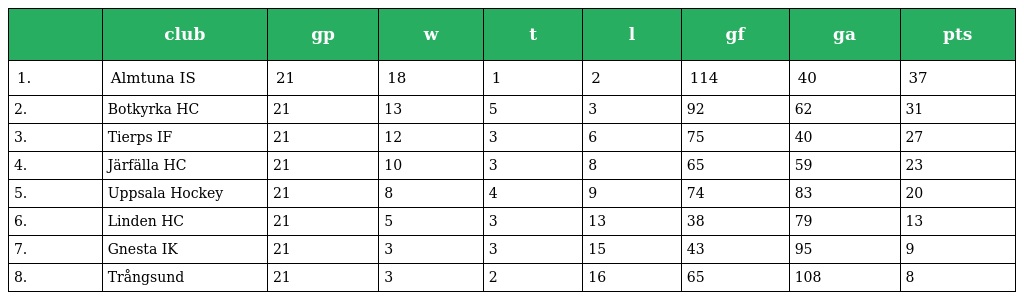
|  | club | gp | w | t | l | gf | ga | pts |
 | --- | --- | --- | --- | --- | --- | --- | --- | --- |
 | 1. | Almtuna IS | 21 | 18 | 1 | 2 | 114 | 40 | 37 |
 | 2. | Botkyrka HC | 21 | 13 | 5 | 3 | 92 | 62 | 31 |
 | 3. | Tierps IF | 21 | 12 | 3 | 6 | 75 | 40 | 27 |
 | 4. | Järfälla HC | 21 | 10 | 3 | 8 | 65 | 59 | 23 |
 | 5. | Uppsala Hockey | 21 | 8 | 4 | 9 | 74 | 83 | 20 |
 | 6. | Linden HC | 21 | 5 | 3 | 13 | 38 | 79 | 13 |
 | 7. | Gnesta IK | 21 | 3 | 3 | 15 | 43 | 95 | 9 |
 | 8. | Trångsund | 21 | 3 | 2 | 16 | 65 | 108 | 8 |